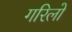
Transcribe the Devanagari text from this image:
गरिलो